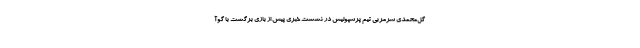
گل‌محمدی سرمربی تیم پرسپولیس در نشست خبری پیش از بازی برگشت با گوآ